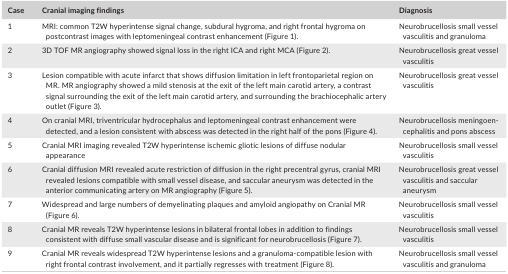
| Case | Cranial imaging findings | Diagnosis |
 | --- | --- | --- |
 | 1 | MRI: common T2W hyperintense signal change, subdural hygroma, and right frontal hygroma on postcontrast images with leptomeningeal contrast enhancement (Figure 1). | Neurobrucellosis small vessel vasculitis and granuloma |
 | 2 | 3D TOF MR angiography showed signal loss in the right ICA and right MCA (Figure 2). | Neurobrucellosis great vessel vasculitis |
 | 3 | Lesion compatible with acute infarct that shows diffusion limitation in left frontoparietal region on MR. MR angiography showed a mild stenosis at the exit of the left main carotid artery, a contrast signal surrounding the exit of the left main carotid artery, and surrounding the brachiocephalic artery outlet (Figure 3). | Neurobrucellosis great vessel vasculitis |
 | 4 | On cranial MRI, triventricular hydrocephalus and leptomeningeal contrast enhancement were detected, and a lesion consistent with abscess was detected in the right half of the pons (Figure 4). | Neurobrucellosis meningoencephalitis and pons abscess |
 | 5 | Cranial MRI imaging revealed T2W hyperintense ischemic gliotic lesions of diffuse nodular appearance | Neurobrucellosis small vessel vasculitis |
 | 6 | Cranial diffusion MRI revealed acute restriction of diffusion in the right precentral gyrus, cranial MRI revealed lesions compatible with small vessel disease, and saccular aneurysm was detected in the anterior communicating artery on MR angiography (Figure 5). | Neurobrucellosis great vessel vasculitis and saccular aneurysm |
 | 7 | Widespread and large numbers of demyelinating plaques and amyloid angiopathy on Cranial MR (Figure 6). | Neurobrucellosis small vessel vasculitis |
 | 8 | Cranial MR reveals T2W hyperintense lesions in bilateral frontal lobes in addition to findings consistent with diffuse small vascular disease and is significant for neurobrucellosis (Figure 7). | Neurobrucellosis small vessel vasculitis |
 | 9 | Cranial MR reveals widespread T2W hyperintense lesions and a granuloma‐compatible lesion with right frontal contrast involvement, and it partially regresses with treatment (Figure 8). | Neurobrucellosis small vessel vasculitis and granuloma |